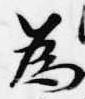
為